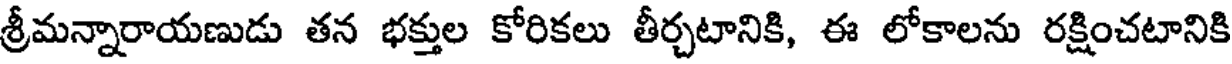
శ్రీమన్నారాయణుడు తన భక్తుల కోరికలు తీర్చటానికి, ఈ లోకాలను రక్షించటానికి